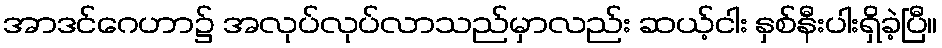
အာဒင်ဂေဟာ၌ အလုပ်လုပ်လာသည်မှာလည်း ဆယ့်ငါး နှစ်နီးပါးရှိခဲ့ပြီ။